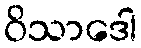
ဝိသာဒေါ